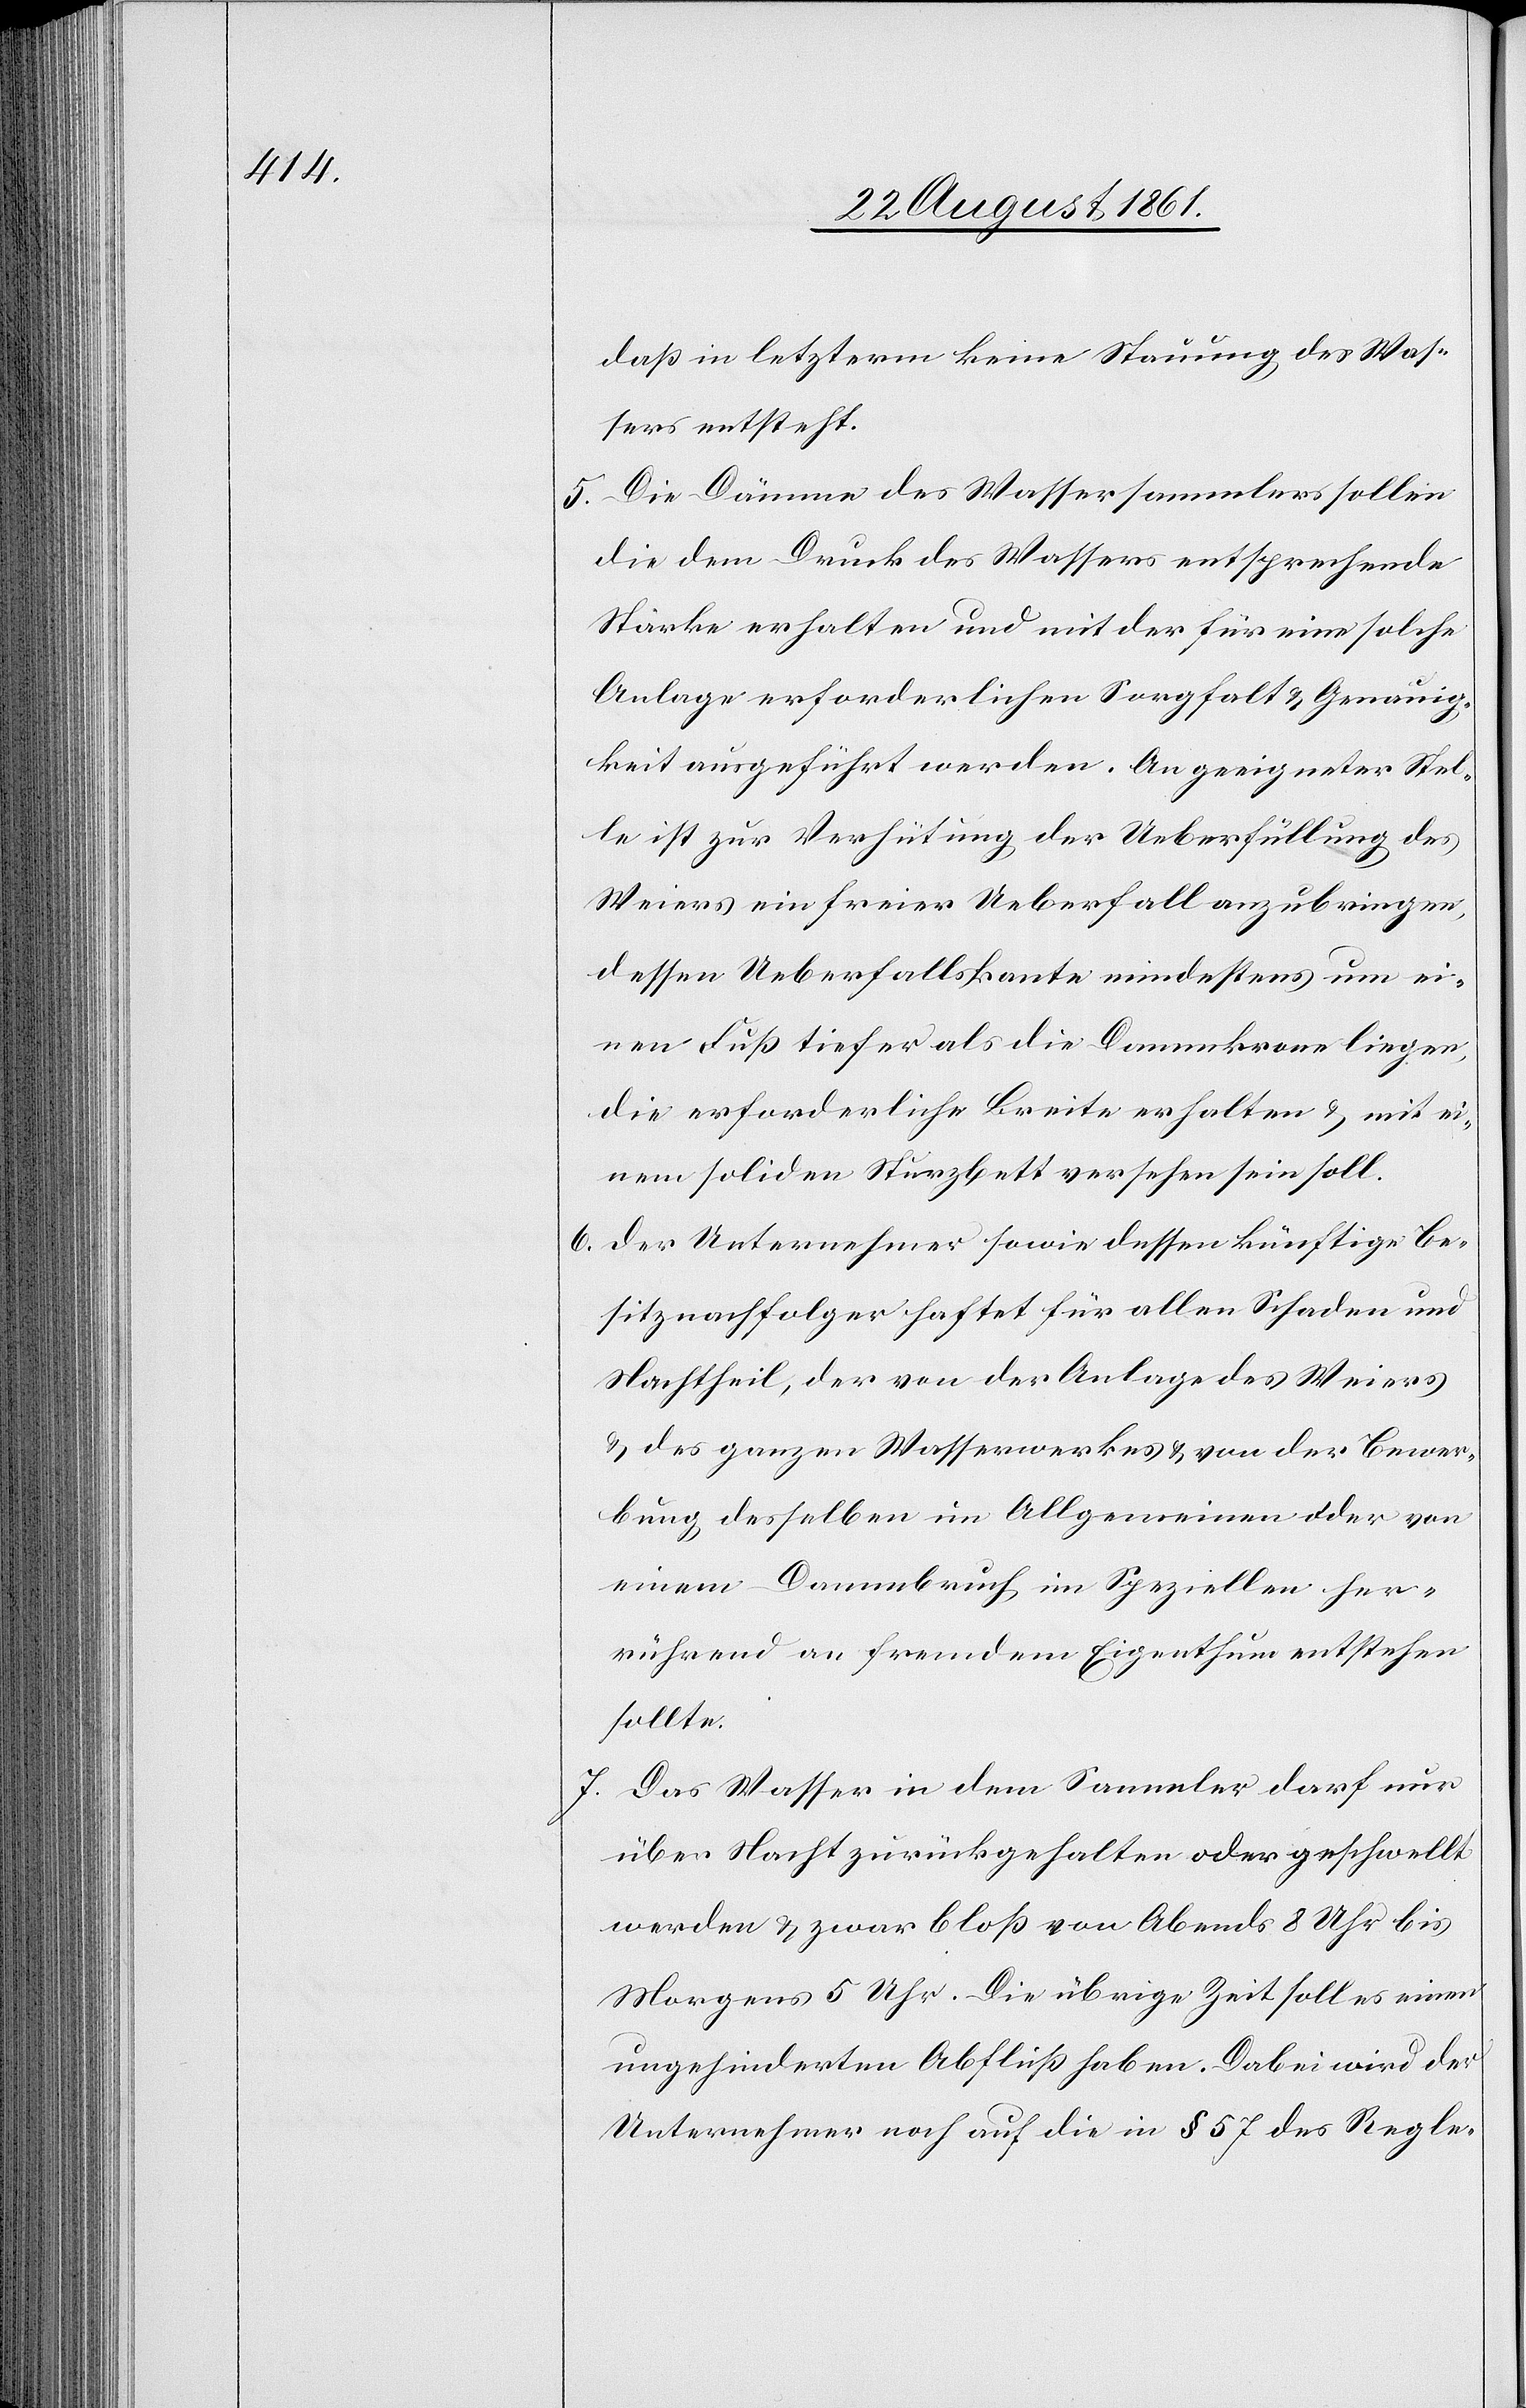
daß in letzterm keine Stauung des Was¬
sers entsteht.
5. Die Dämme des Wassersammlers sollen
die dem Druck des Wassers entsprechende
Stärke erhalten und mit der für eine solche
Anlage erforderlichen Sorgfalt u. Genauig¬
keit ausgeführt werden. An geeigneter Stel¬
le ist zur Verhütung der Überfüllung des
Weiers ein freier Ueberfall anzubringen,
dessen Ueberfallskante mindestens um ei¬
nen Fuß tiefer als die Dammkrone liegen,
die erforderliche Breite erhalten u. mit ei¬
nem soliden Sturzbett versehen sein soll.
6. Der Unternehmer sowie dessen künftige Be¬
sitznachfolger haftet für allen Schaden und
Nachtheil, der von der Anlage des Weiers
u. des ganzen Wasserwerkes u. von der Bewer¬
bung desselben im Allgemeinen oder von
einem Dammbruch im Speziellen her¬
rührend an fremdem Eigenthum entstehen
sollte.
7. Das Wasser in dem Sammler darf nur
über Nacht zurückgehalten oder geschwellt
werden u. zwar bloß von Abends 8 Uhr bis
Morgens 5 Uhr. Die übrige Zeit soll es einen
ungehinderten Abfluß haben. Dabei wird der
Unternehmer noch auf die in § 57 des Regle-